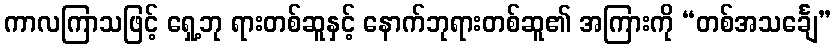
ကာလကြာသဖြင့် ရှေ့ဘု ရားတစ်ဆူနှင့် နောက်ဘုရားတစ်ဆူ၏ အကြားကို “တစ်အသင်္ချေ”